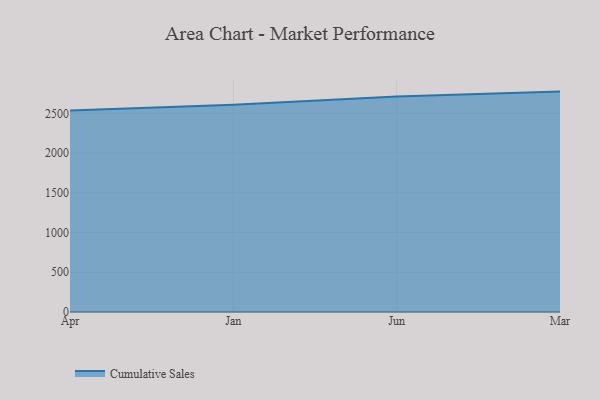
{"axis": {"x": "Month", "y": "Website Visitors"}, "legend": ["Cumulative Sales"], "data": [{"x": "Apr", "y": 2536.3, "type": "Cumulative Sales"}, {"x": "Jan", "y": 2609.5, "type": "Cumulative Sales"}, {"x": "Jun", "y": 2712.1, "type": "Cumulative Sales"}, {"x": "Mar", "y": 2774.2, "type": "Cumulative Sales"}]}